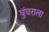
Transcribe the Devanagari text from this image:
घुंघराला